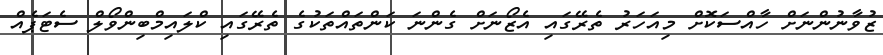
ޒުވާނުންނަށް ހާއްސަކޮށް މިއަހަރު ތެރޭގައި އެޒޯނަށް ގެންނަ ކަންތައްތަކުގެ ތެރޭގައި ކްލައިމްބިންވޯލް ސެޓަޕެއް